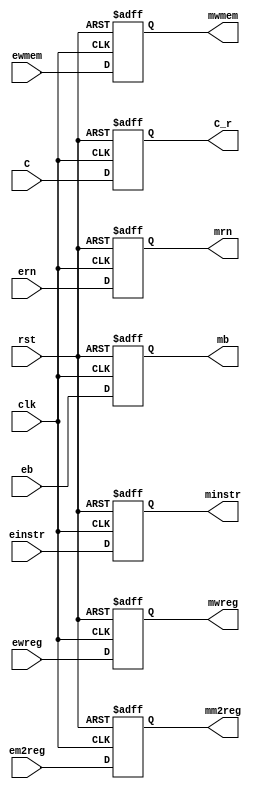
module exe2mem(clk, rst, ewreg, em2reg, ewmem, einstr, C, eb, ern,
  mwreg, mm2reg, mwmem, C_r, minstr, mb, mrn);
  input clk;
  input rst;
  input ewreg, em2reg, ewmem;
  input [31:0] C, eb;
  input [31:0] einstr;
  input [4:0]  ern;
  output mwreg, mm2reg, mwmem;
  output [31:0] C_r, mb;
  output [31:0] minstr;
  output [4:0]  mrn;
  reg mwreg, mm2reg, mwmem;
  reg [31:0] C_r, mb;
  reg [31:0] minstr;
  reg [4:0]  mrn;
  
  always @ (posedge clk or posedge rst) begin
    if( rst ) begin
      mwreg <= 0;
      mm2reg <= 0;
      mwmem <= 0;
      minstr <= 0;
      C_r <= 0;
      mb <= 0;
      mrn <= 0;
    end
  else begin
      mwreg <= ewreg;
      mm2reg <= em2reg;
      mwmem <= ewmem;
      minstr <= einstr;
      C_r <= C;
      mb <= eb;
      mrn <= ern;
    end
  end
endmodule